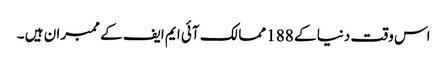
اس وقت دنیا کے 188 ممالک آئی ایم ایف کے ممبران ہیں ۔